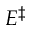
E ^ { \ddagger }